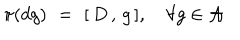
\pi ( d g ) \, \, = \, \, [ \, D \, , \, g \, ] , \, \, \, \, \, \, \forall g \in { \cal A }